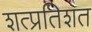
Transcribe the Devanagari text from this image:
शत्प्रतिशत